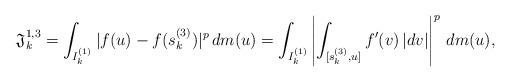
LaTeX: \begin{align*}\mathfrak{J}_k^{1,3}=\int_{I_k^{(1)}}|f(u)-f(s_k^{(3)})|^p\,dm(u)=\int_{I_k^{(1)}}\left|\int_{[s_k^{(3)},u]}f'(v)\,|dv|\right|^p\,dm(u),\end{align*}